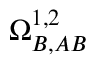
\Omega _ { B , A B } ^ { 1 , 2 }